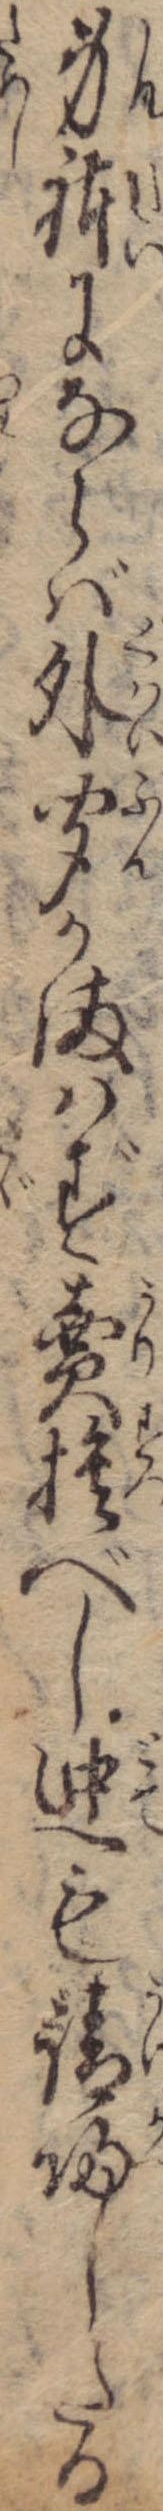
身体にならば外聞かまはず売捨べし迚も請帰したる